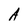
Character: A